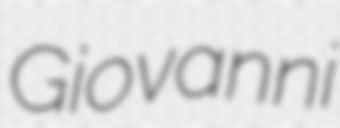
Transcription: Giovanni